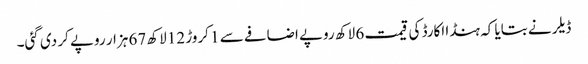
ڈیلر نے بتایا کہ ہنڈا اکارڈ کی قیمت 6 لاکھ روپے اضافے سے 1 کروڑ 12 لاکھ 67 ہزار روپے کر دی گئی۔